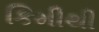
કિમીથી